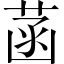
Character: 菡